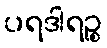
ပရဒါရဉ္စ